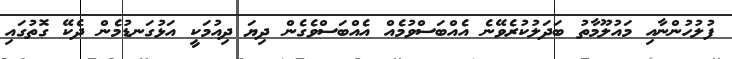
ފުލުހުންނާއި މައުލޫމާތު ބަދަލުކުރެވޭނެ އެއްބަސްވުމެއް އެއްބަސްވެގެން ދިޔަ ދިއުމަކީ އަޅުގަނޑުމެން ދެކޭ ގޮތުގައި